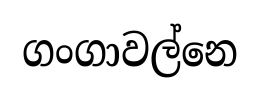
ගංගාවල්නෙ